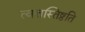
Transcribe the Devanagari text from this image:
त्वत्तस्तिष्ठति